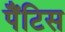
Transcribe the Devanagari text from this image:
पैंटिस